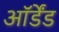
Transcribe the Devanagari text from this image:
ऑर्डेंड